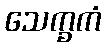
သေက္ခကံ